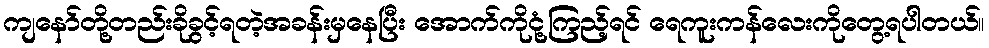
ကျနော်တို့တည်းခိုခွင့်ရတဲ့အခန်းမှနေပြီး အောက်ကိုငုံ့ကြည့်ရင် ရေကူးကန်လေးကိုတွေ့ရပါတယ်။